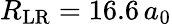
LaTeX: R_{\mathrm{LR}}=16.6\, a_{0}